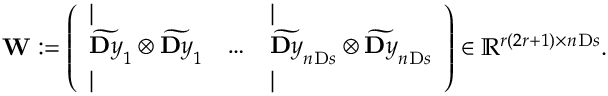
\mathbf { W } : = \left( \begin{array} { l l l } { | } & { } & { | } \\ { \widetilde { \ensuremath Ḋ \mathbf Ḋ y Ḍ Ḍ } _ { 1 } \otimes \widetilde { \ensuremath Ḋ \mathbf Ḋ y Ḍ Ḍ } _ { 1 } } & { \dots } & { \widetilde { \ensuremath Ḋ \mathbf Ḋ y Ḍ Ḍ } _ { n _ { Ḋ } \mathrm Ḋ s Ḍ Ḍ } \otimes \widetilde { \ensuremath Ḋ \mathbf Ḋ y Ḍ Ḍ } _ { n _ { Ḋ } \mathrm Ḋ s Ḍ Ḍ } } \\ { | } & { } & { | } \end{array} \right) \in \mathbb { R } ^ { r ( 2 r + 1 ) \times n _ { Ḋ } \mathrm Ḋ s Ḍ Ḍ } .